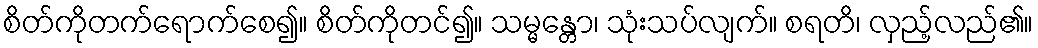
စိတ်ကိုတက်ရောက်စေ၍။ စိတ်ကိုတင်၍။ သမ္မန္တော၊ သုံးသပ်လျက်။ စရတိ၊ လှည့်လည်၏။